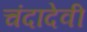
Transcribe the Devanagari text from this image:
चंदादेवी